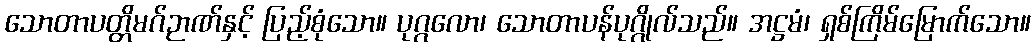
သောတာပတ္တိမဂ်ဉာဏ်နှင့် ပြည့်စုံသော။ ပုဂ္ဂလော၊ သောတာပန်ပုဂ္ဂိုလ်သည်။ အဋ္ဌမံ၊ ရှစ်ကြိမ်မြောက်သော။